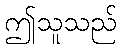
ဤသူသည်